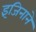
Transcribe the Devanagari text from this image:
इंजिनाने